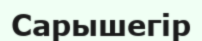
Сарышегір